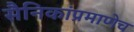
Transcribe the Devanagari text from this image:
सैनिकांप्रमाणेच